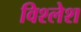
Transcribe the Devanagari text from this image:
विश्लेश